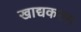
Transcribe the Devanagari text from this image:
खाद्यकरण